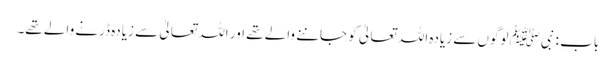
باب : نبیﷺ لوگوں سے زیادہ اللہ تعالیٰ کو جاننے والے تھے اور اللہ تعالیٰ سے زیادہ ڈرنے والے تھے۔